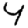
Digit: 4